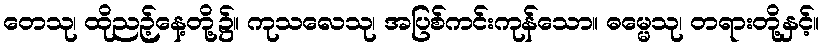
တေသု၊ ထိုညဉ့်နေ့တို့၌။ ကုသလေသု၊ အပြစ်ကင်းကုန်သော။ ဓမ္မေသု၊ တရားတို့နှင့်။